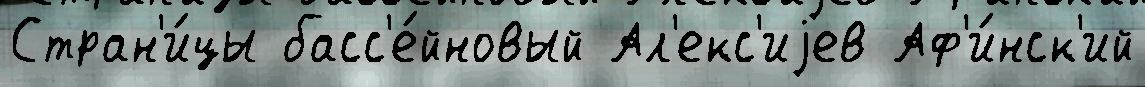
Стран'и́цы басс'е́йновый Ал'екс'иjев Аф'и́нск'ий